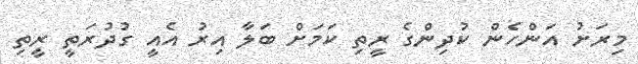
މިރަށު އަންހެން ކުދިންގެ ރީތި ކަމަށް ބަލާ އިރު އެއީ ގުދުރަތީ ރީތި